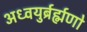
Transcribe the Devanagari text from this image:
अध्वयुर्ब्रर्ह्मणो